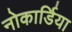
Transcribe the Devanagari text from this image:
नोकार्डिया